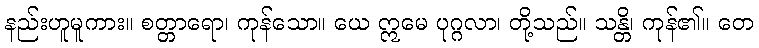
နည်းဟူမူကား။ စတ္တာရော၊ ကုန်သော။ ယေ ဣမေ ပုဂ္ဂလာ၊ တို့သည်။ သန္တိ၊ ကုန်၏။ တေ